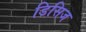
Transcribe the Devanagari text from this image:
डिसिज